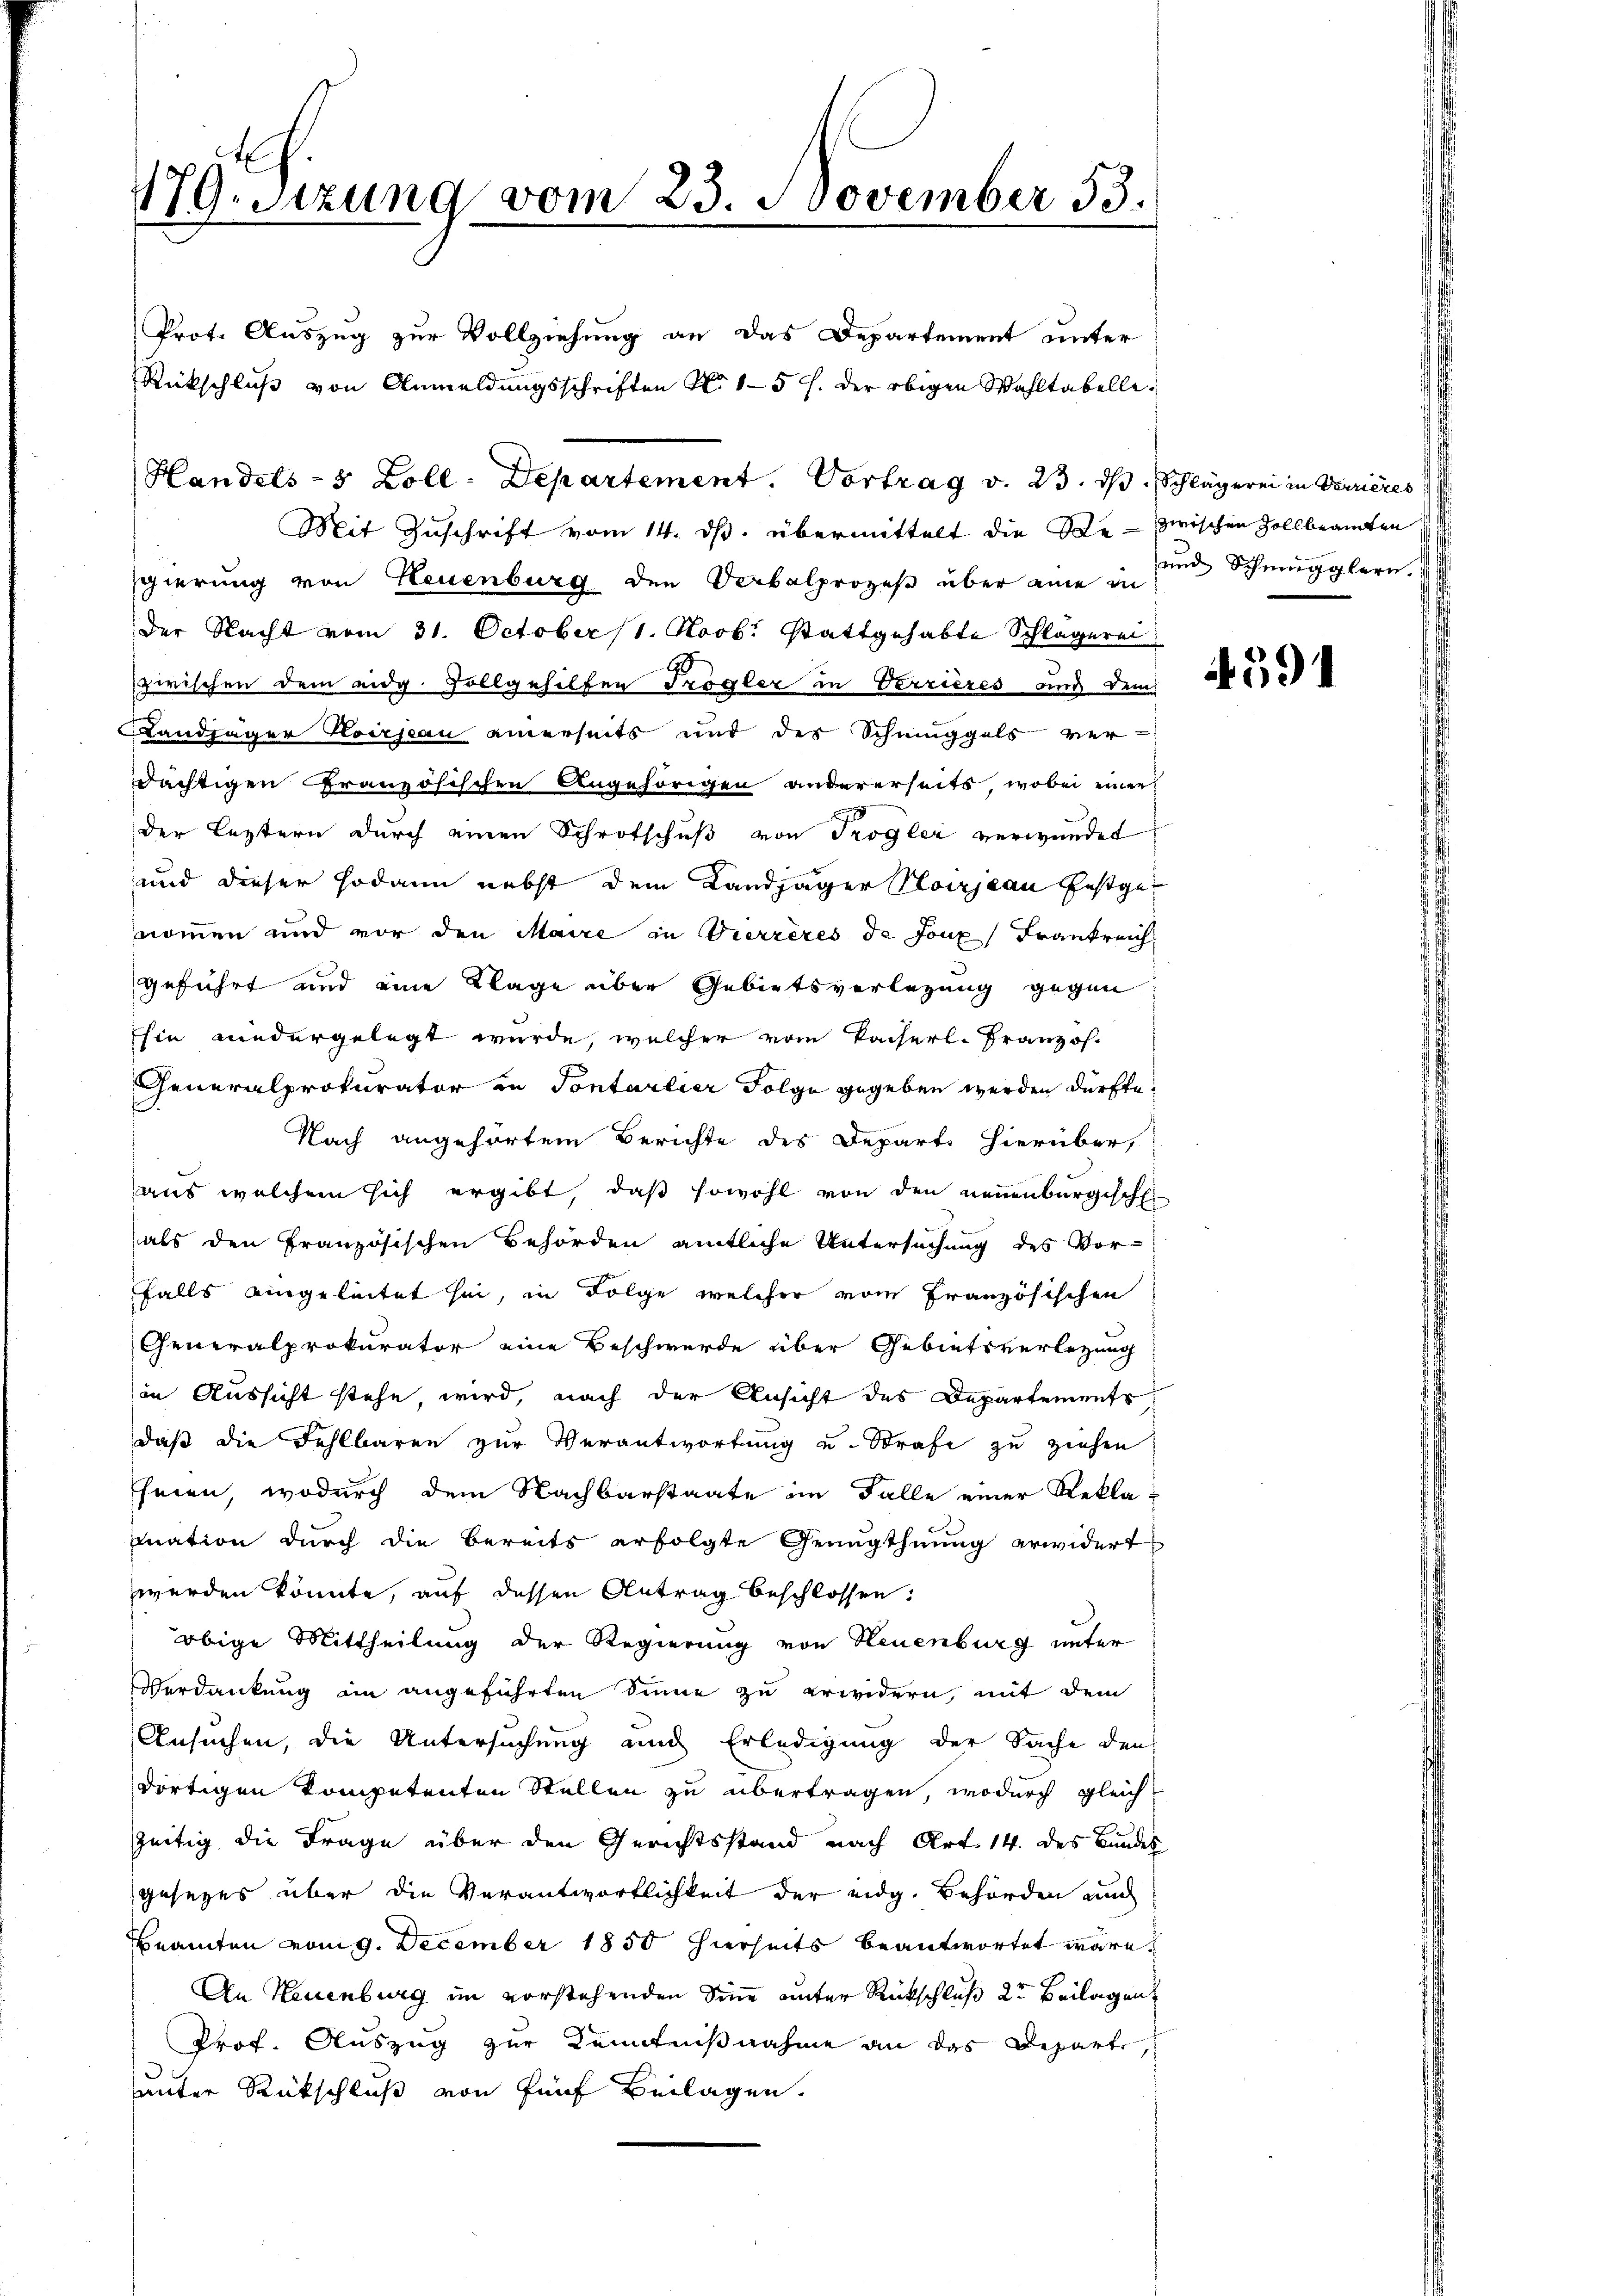
179. Sitzung vom 23. November 33.

Rückschluß von Anmeldungsschriften N. 15 J. der obigen Wahltabelle¬
Mit Zuschrift vom 14. ds. übermittelt die Re- zwischen Zollbeamten
schierung von Neuenburg den Verbalprozeß über eine in
der Nacht vom 31. October (1. Novb. stattgehabte Schlägerei
.
zwischen dem eidg. Vollgehilfen Trögler in Verrieres und dem
Landjäger Hoirseau anerseits und der Schmuggels ver-
dächtigen Französischen Angehörigen andererseits, wobei einer
der Leztern durch einen Schrotschuß von Trogler verwundet
und dieser sodann nebst dem Landjäger Vorjeau festge
nommen und vor den Maire in Bierrères de Joux Frankreich
geführt und eine Klage über Gebietsverlegung gegen
Ehin niedergelegt wurde, welcher vom Kaiserl-Franzos-
Generalprokurator in Pontarlier Folge gegeben werden dürfte.
Nach angehörtem Berichte des Depart. Hierüber,
aus welchem sich ergibt, daß sowohl von den neuenburgische
hals den französischen Behörden amtliche Untersuchung des Vor-
falls eingeleitet sei, in Folge welcher vom Französischen
Generalprokurator eine Beschwerde über Gebietsverletzung
in Aussicht stehe, wird, nach der Ansicht des Departements,
daß die Fehlbaren zur Verantwortung und Strafe zu ziehen
fferen, wodurch dem Nachbarstaate im Falle einer Rekla-
mnation durch die bereits erfolgte Genugthuung erwidert
werden könnte, auf dessen Antrag beschlossen:
obige Mittheilung der Regierung von Neuenburg unter
Verdankung in angeführten Sinne zu erwidern, mit dem
Ansuchen, die Untersuchung und Erledigung der Sache den
dortigen kompetenten Stellen zu übertragen, wodurch gleich
seitig die Frage über den Gerichtsstand nach Art. 14. des Bundes
gesezes über die Verantwortlichkeit der eidg. Behörden auch
Beamten vom 9. December 1850 hierseits beantwortet wäre.
An Neuenburg im vorstehenden Sinne unter Rückschluß 2ten Beilagen,
Prof. Auszug zur Kenntnißnahme an das Departe
unter Rückschluß von fünf Beilagen.

Prot. Auszug zur Vollziehung an das Departement unter

Handels- 5 Zoll-Departement. Vortrag v. 23. dβ. Schlägerei in Verrieres

sende Schmugglern. I

4591